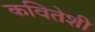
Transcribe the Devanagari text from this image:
कवितेशी